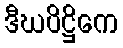
ဒီဃပိဋ္ဌိကေ